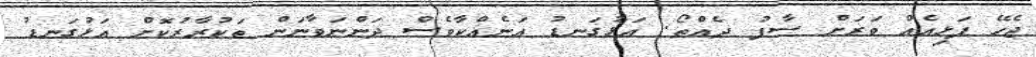
ޖެހޭ ފަޅިއެއް ވަރަށް ސާފު ދެއްތޯ. އަޅުގަނޑު އަނެއްކާވެސް ދަންނަވާނަން ތަކުރާރުކޮށް އަޅުގަނޑު